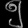
Digit: ၅